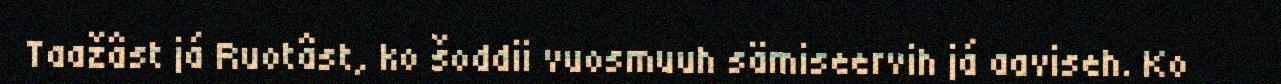
Taažâst já Ruotâst, ko šoddii vuosmuuh sämiseervih já aaviseh. Ko